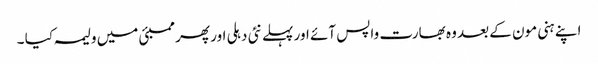
اپنے ہنی مون کے بعد وہ بھارت واپس آئے اور پہلے نئی دہلی اور پھر ممبئی میں ولیمہ کیا ۔